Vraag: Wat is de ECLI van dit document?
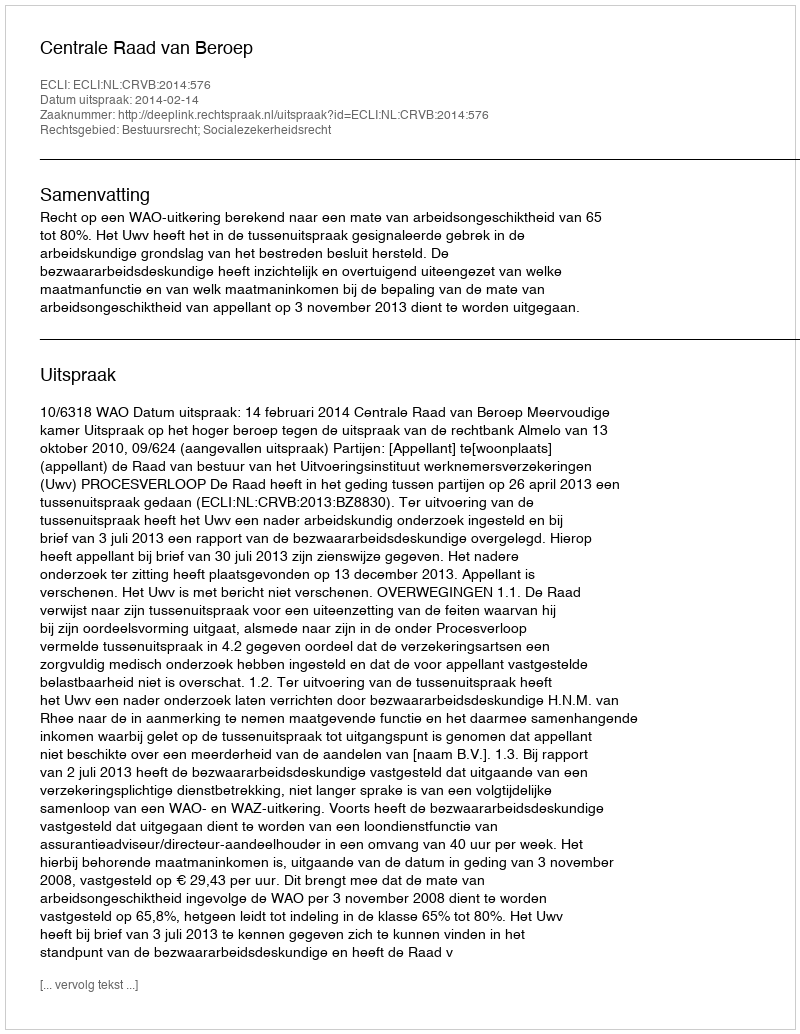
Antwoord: ECLI:NL:CRVB:2014:576